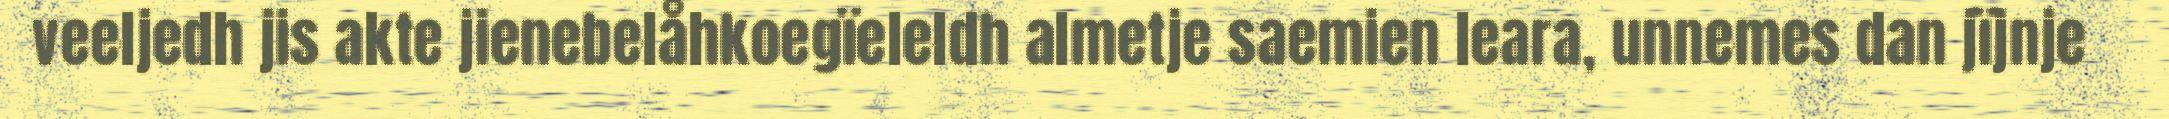
veeljedh jis akte jienebelåhkoegïeleldh almetje saemien leara, unnemes dan jïjnje